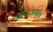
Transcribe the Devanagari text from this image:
प्रायःअभाव